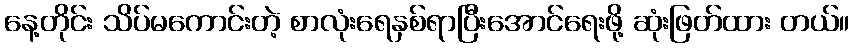
နေ့တိုင်း သိပ်မကောင်းတဲ့ စာလုံးရေနှစ်ရာပြီးအောင်ရေးဖို့ ဆုံးဖြတ်ထား တယ်။